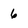
Character: 6